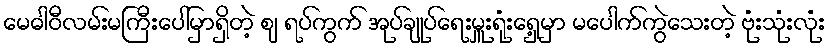
မေဓါဝီလမ်းမကြီးပေါ်မှာရှိတဲ့ ဈ ရပ်ကွက် အုပ်ချုပ်ရေးမှူးရုံးရှေ့မှာ မပေါက်ကွဲသေးတဲ့ ဗုံးသုံးလုံး